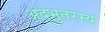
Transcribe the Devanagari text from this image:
अद्भुतरम्य